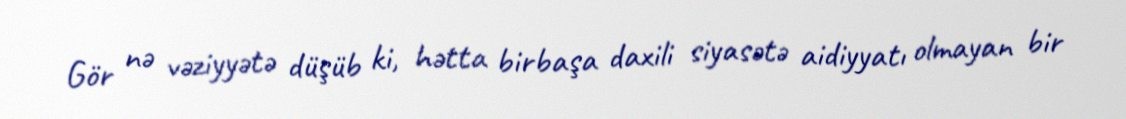
Gör nə vəziyyətə düşüb ki, hətta birbaşa daxili siyasətə aidiyyatı olmayan bir